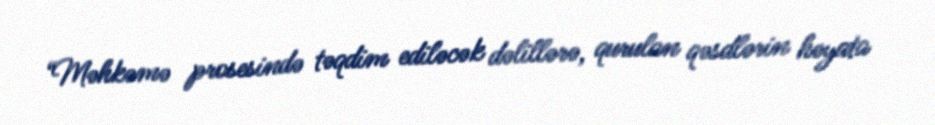
“Məhkəmə prosesində təqdim ediləcək dəlillərə, qurulan qəsdlərin həyata